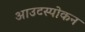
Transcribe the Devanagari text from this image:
आउटस्पोकन